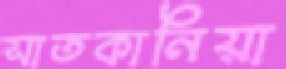
সাতকানিয়া